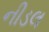
નીડલ